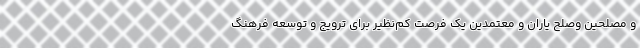
و مصلحین وصلح یاران و معتمدین یک فرصت کم‌نظیر برای ترویج و توسعه فرهنگ